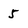
Character: 5